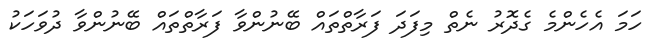
ހަމަ އެހެންމެ ގެދޮރު ނެތް މިފަދަ ފަރާތްތައް ބޭނުންވާ ފަރާތްތައް ބޭނުންވާ ދުވަހަކު